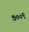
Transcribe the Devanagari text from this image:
७००९